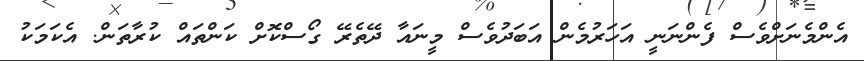
އެންމެނަށްވެސް ފެންނަނީ އަހަރުމެން އަބަދުވެސް މީނައާ ދޭތެރޭ ގޯސްކޮށް ކަންތައް ކުރާތަން. އެކަމަކު